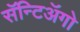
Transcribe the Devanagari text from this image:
सॅन्टिॲगो